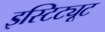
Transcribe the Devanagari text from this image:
इस्टिट्यूट